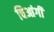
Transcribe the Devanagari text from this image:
चिआंगी